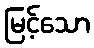
မြင့်သော